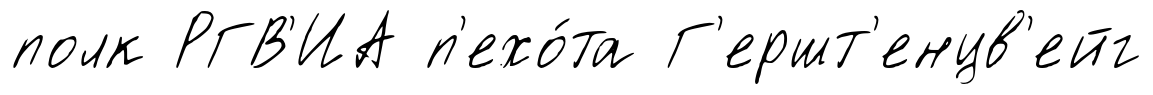
полк РГВ'ИА п'ехо́та Г'ершт'енцв'ейг